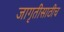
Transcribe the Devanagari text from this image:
जागृतीसाठीच